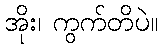
အိုး၊ ကွက်တိပဲ။